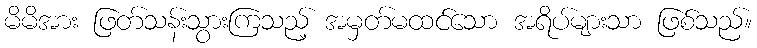
မိမိအား ဖြတ်သန်းသွားကြသည့် အမှတ်မထင်သော အရိပ်များသာ ဖြစ်သည်။